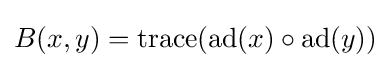
B(x,y)=\operatorname {trace} (\operatorname {ad} (x)\circ \operatorname {ad} (y))